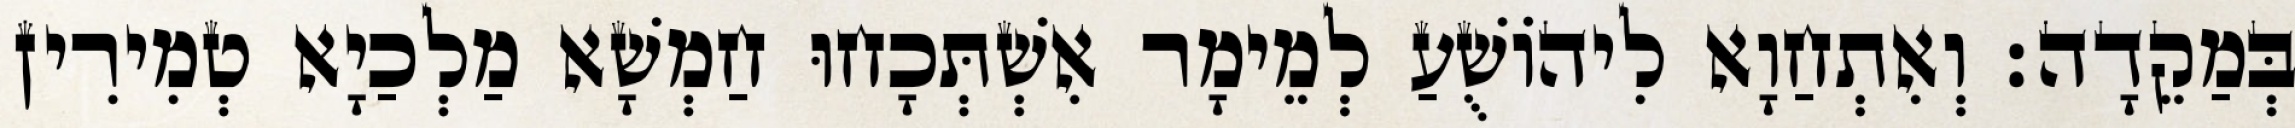
בְּמַקֵדָה׃ וְאִתְחַוָא לִיהוֹשֻׁעַ לְמֵימָר אִשְׁתְּכָחוּ חַמְשָׁא מַלְכַיָא טְמִירִין